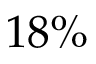
1 8 \%